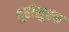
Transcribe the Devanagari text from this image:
दूरीसूचक